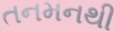
તનમનથી